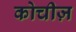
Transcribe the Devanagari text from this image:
कोचीज़